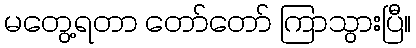
မတွေ့ရတာ တော်တော် ကြာသွားပြီ။